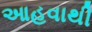
આહવાથી